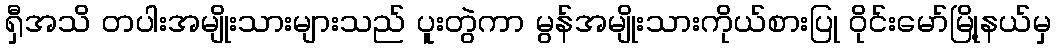
ရှီအသိ တပါးအမျိုးသားများသည် ပူးတွဲကာ မွန်အမျိုးသားကိုယ်စားပြု ဝိုင်းမော်မြို့နယ်မှ